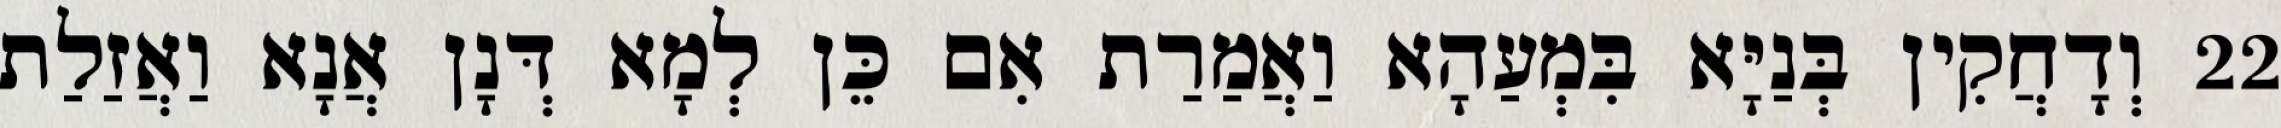
22 וְדָחֲקִין בְּנַיָּא בִּמְעַהָא וַאֲמַרַת אִם כֵּן לְמָא דְּנָן אֲנָא וַאֲזַלַת